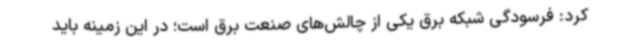
کرد: فرسودگی شبکه برق یکی از چالش‌های صنعت برق است؛ در این زمینه باید